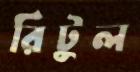
রিটুল